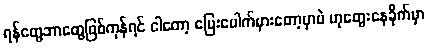
ရန်တွေဘာတွေဖြစ်ကုန်ရင် ငါတော့ ပြေးပေါက်မှားတော့မှာပဲ ဟုတွေးနေခိုက်မှာ